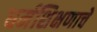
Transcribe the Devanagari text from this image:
धर्मशिक्षणाचे